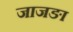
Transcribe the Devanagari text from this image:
जाजङा